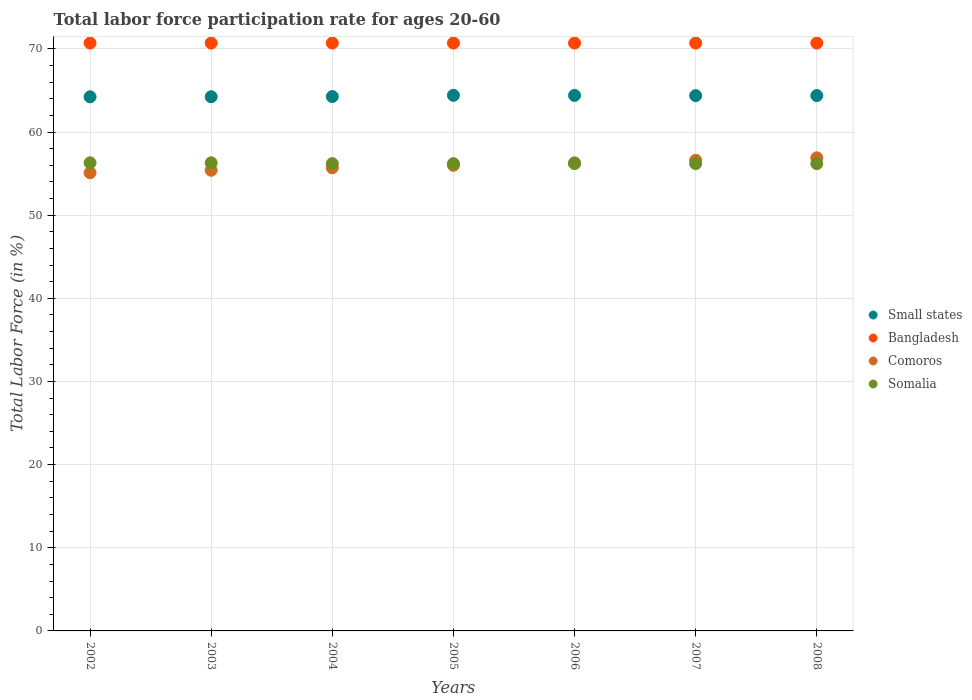
| Years | Small states | Bangladesh | Comoros | Somalia |
 | --- | --- | --- | --- | --- |
 | 2002 | 64.2 | 70.7 | 55.1 | 56.3 |
 | 2003 | 64.2 | 70.7 | 55.4 | 56.3 |
 | 2004 | 64.3 | 70.7 | 55.7 | 56.2 |
 | 2005 | 64.4 | 70.7 | 56 | 56.2 |
 | 2006 | 64.4 | 70.7 | 56.3 | 56.2 |
 | 2007 | 64.4 | 70.7 | 56.6 | 56.2 |
 | 2008 | 64.4 | 70.7 | 56.9 | 56.2 |